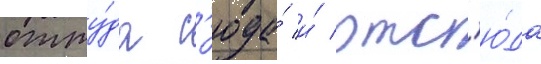
отту́да с'юда́ и́ отс'ю́да